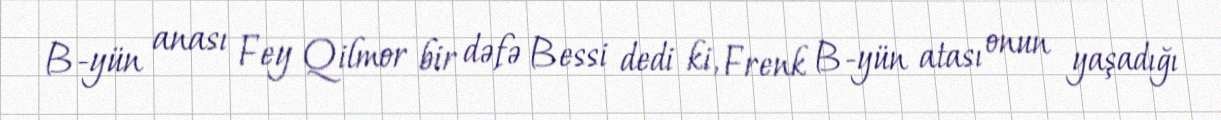
B-yün anası Fey Qilmor bir dəfə Bessi dedi ki, Frenk B-yün atası onun yaşadığı